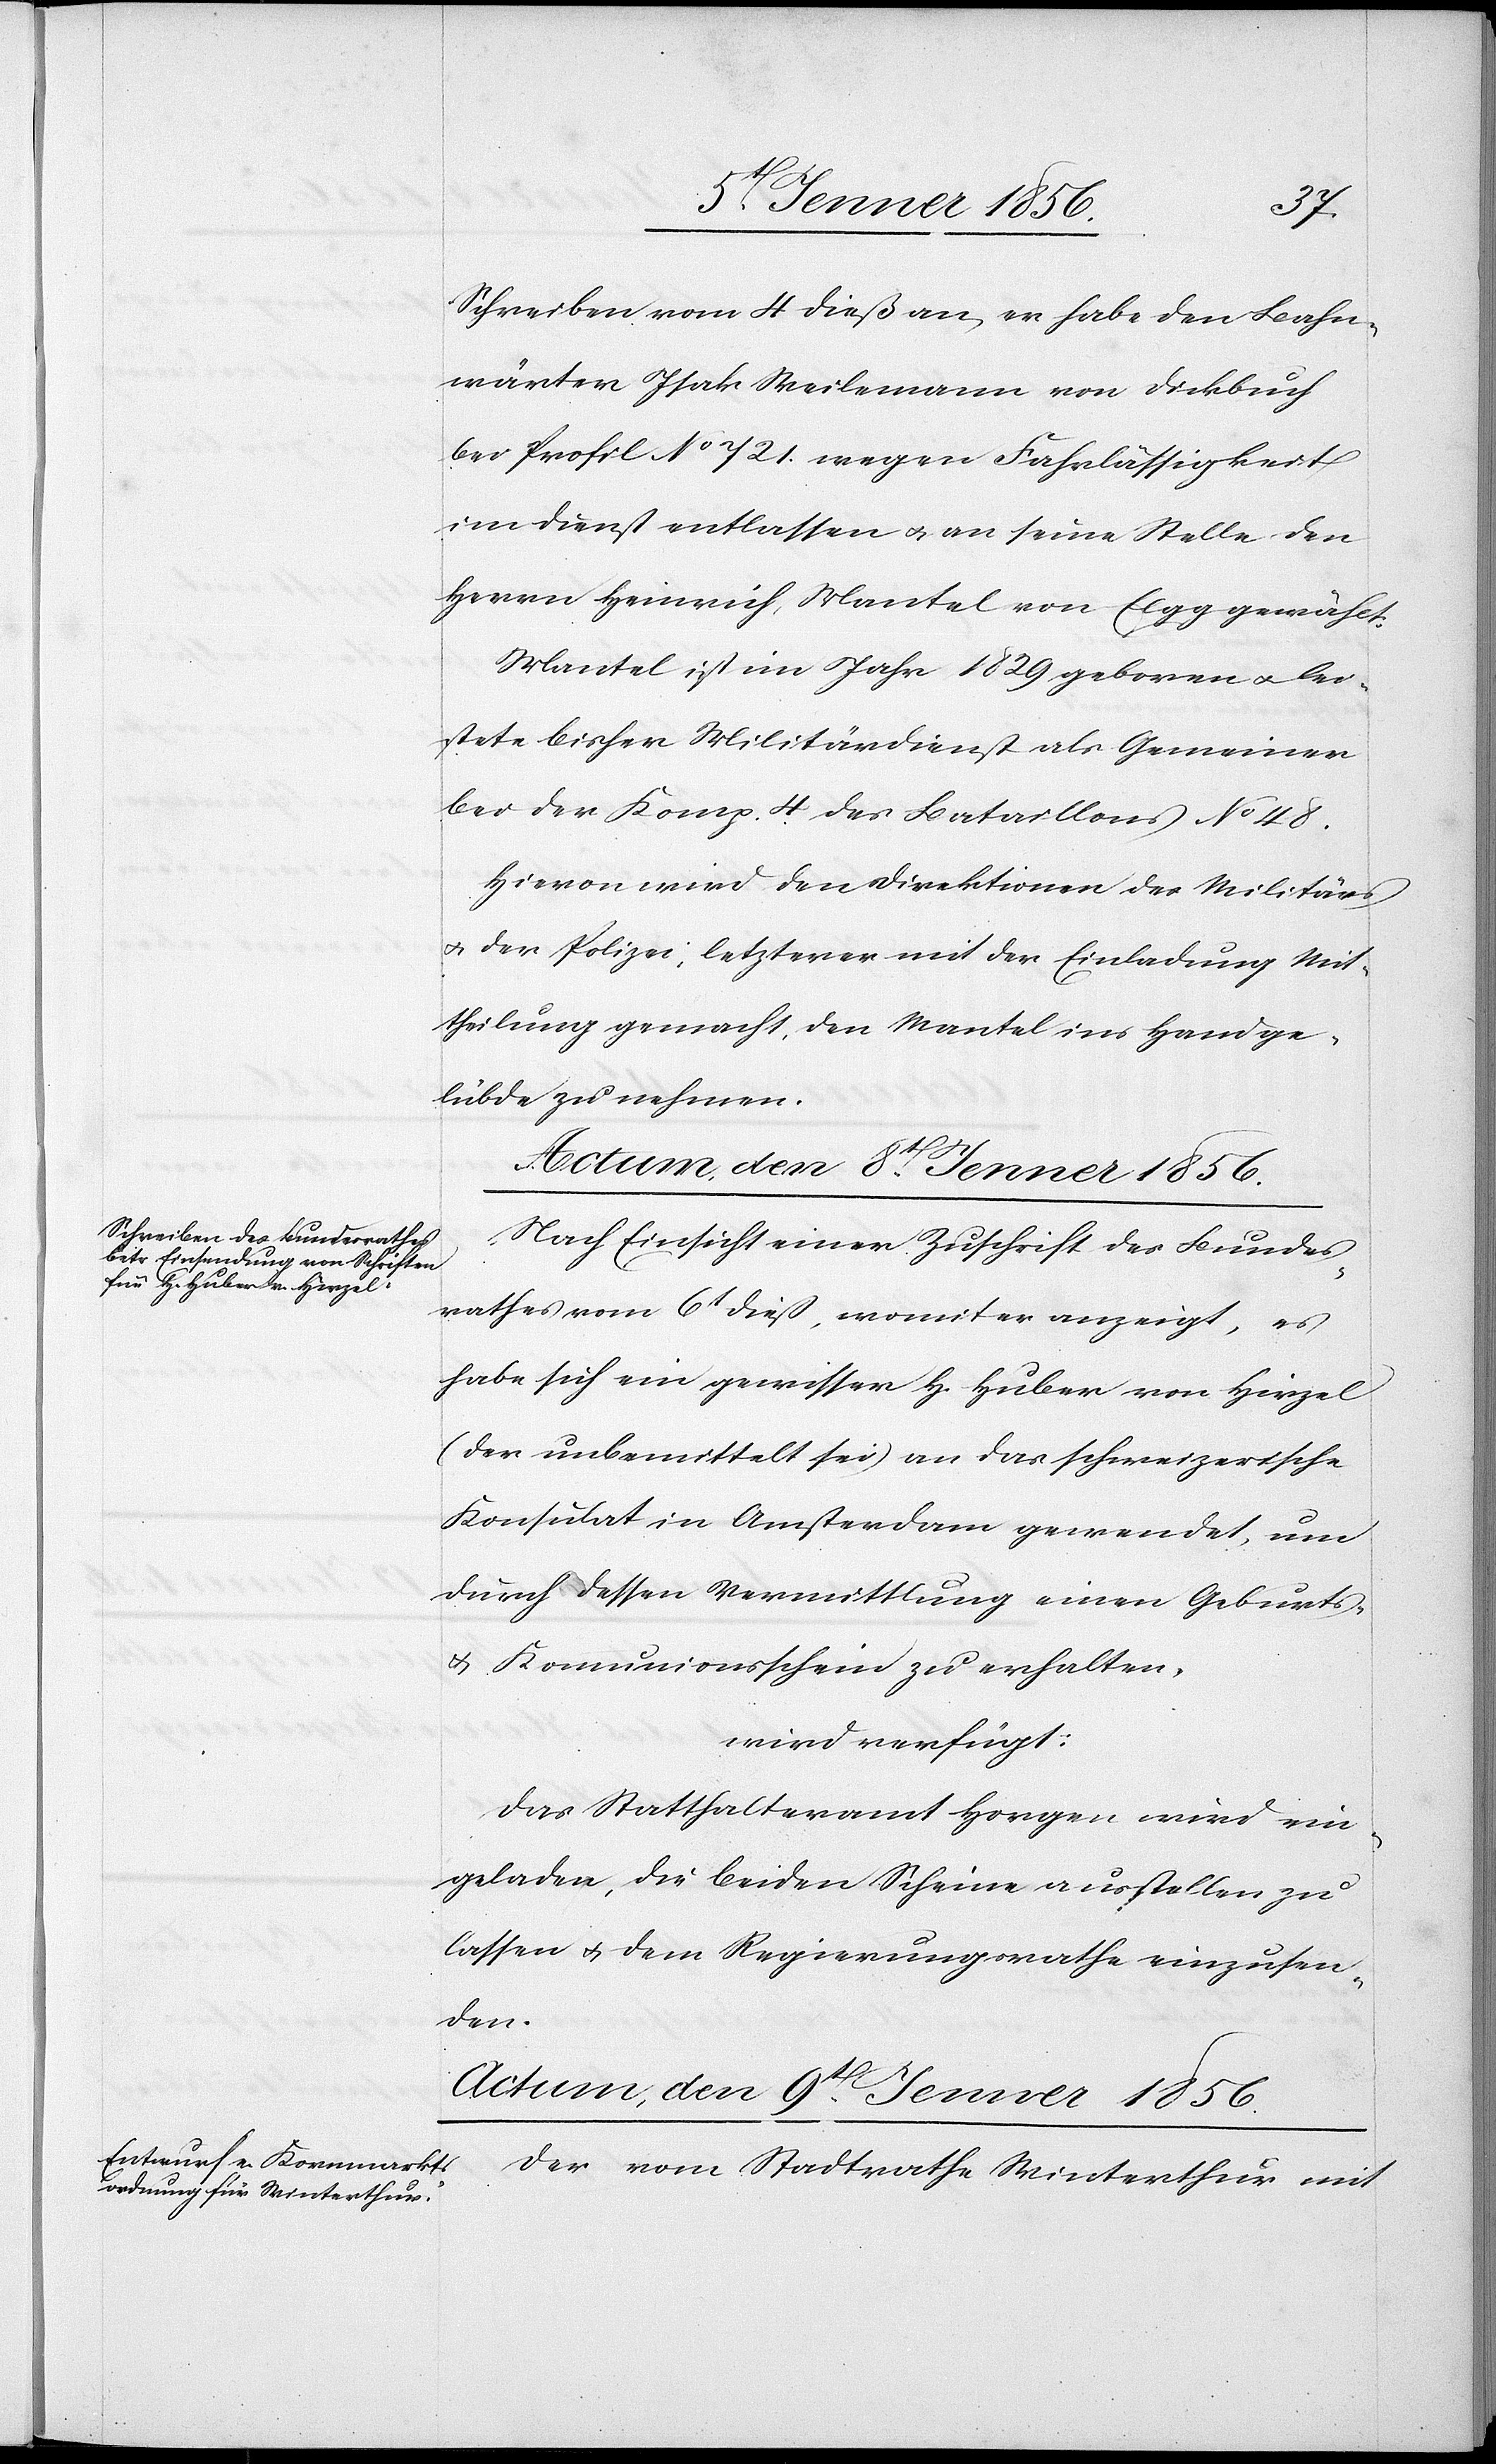
Schreiben vom 4 dieß an, er habe den Bahn¬
wärter Isak Weilemann von Dickbuch
bei Profil No 721. wegen Fahrlässigkeit
im Dienst entlassen u. an seine Stelle den
Herrn Heinrich Mantel von Elgg gewählt.
Mantel ist im Jahr 1829 geboren u. lei¬
stete bisher Militärdienst als Gemeiner
bei der Komp. 4 des Bataillons No 48.
Hievon wird den Direktionen des Militärs
u. der Polizei, letzterer mit der Einladung Mit¬
theilung gemacht, den Mantel ins Handge¬
lübde zu nehmen.
Nach Einsicht einer Zuschrift des Bundes¬
rathes vom 6t dieß, womit er anzeigt, es
habe sich ein gewisser H. Huber von Hirzel
(der unbemittelt sei) an das schweizerische
Konsulat in Amsterdam gewendet, um
durch dessen Vermittlung einen Geburts-
u. Komunionsschein zu erhalten,
wird verfügt:
Das Statthalteramt Horgen wird ein¬
geladen, die beiden Scheine ausstellen zu
lassen u. dem Regierungsrathe einzusen¬
den.
Actum, den 9t Jenner 1856.
Der vom Stadtrathe Winterthur mit